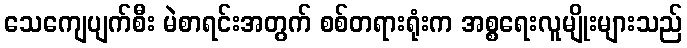
သေကျေပျက်စီး မဲစာရင်းအတွက် စစ်တရားရုံးက အစ္စရေးလူမျိုးများသည်